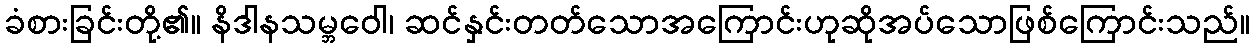
ခံစားခြင်းတို့၏။ နိဒါနသမ္ဘဝေါ၊ ဆင်နှင်းတတ်သောအကြောင်းဟုဆိုအပ်သောဖြစ်ကြောင်းသည်။